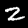
Digit: 2